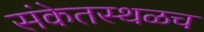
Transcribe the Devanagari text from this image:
संकेतस्थळच